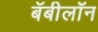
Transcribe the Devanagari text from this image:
बॅबीलॉन